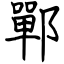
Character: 鄲